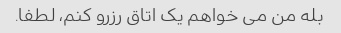
بله من می خواهم یک اتاق رزرو کنم، لطفا.